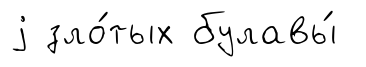
j зло́тых булавы́